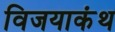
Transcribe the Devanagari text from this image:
विजयाकंथ